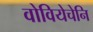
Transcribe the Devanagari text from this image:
वोवियेचेनि